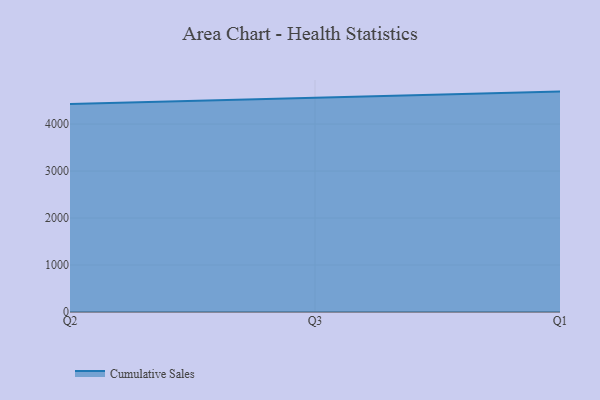
{"axis": {"x": "Quarter", "y": "Page Views"}, "legend": ["Cumulative Sales"], "data": [{"x": "Q2", "y": 4427.3, "type": "Cumulative Sales"}, {"x": "Q3", "y": 4562.7, "type": "Cumulative Sales"}, {"x": "Q1", "y": 4690.8, "type": "Cumulative Sales"}]}